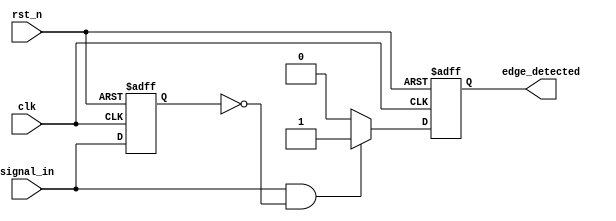
module edge_detector (
    input wire clk,              // Clock signal
    input wire rst_n,            // Asynchronous active-low reset
    input wire signal_in,        // Input signal to detect edges
    output reg edge_detected     // Output pulse for edge detection
);

// Internal signal to hold the previous state of the input signal
reg signal_in_prev;

// Always block to store the previous state of the input signal
always @(posedge clk or negedge rst_n) begin
    if (!rst_n) begin
        signal_in_prev <= 1'b0; // Initialize to low on reset
        edge_detected <= 1'b0;   // Initialize edge_detected to low
    end else begin
        // Detect rising edge
        if (signal_in && !signal_in_prev) begin
            edge_detected <= 1'b1; // Set edge_detected high on rising edge
        end else begin
            edge_detected <= 1'b0;  // Clear edge_detected otherwise
        end
        
        // Update previous state
        signal_in_prev <= signal_in;
    end
end

endmodule